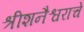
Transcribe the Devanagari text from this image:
श्रीशनैश्वराचे